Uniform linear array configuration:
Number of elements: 12
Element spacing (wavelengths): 0.5
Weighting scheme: hann
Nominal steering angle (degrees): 15
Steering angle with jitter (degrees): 14.908
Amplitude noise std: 0.05
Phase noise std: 0.05

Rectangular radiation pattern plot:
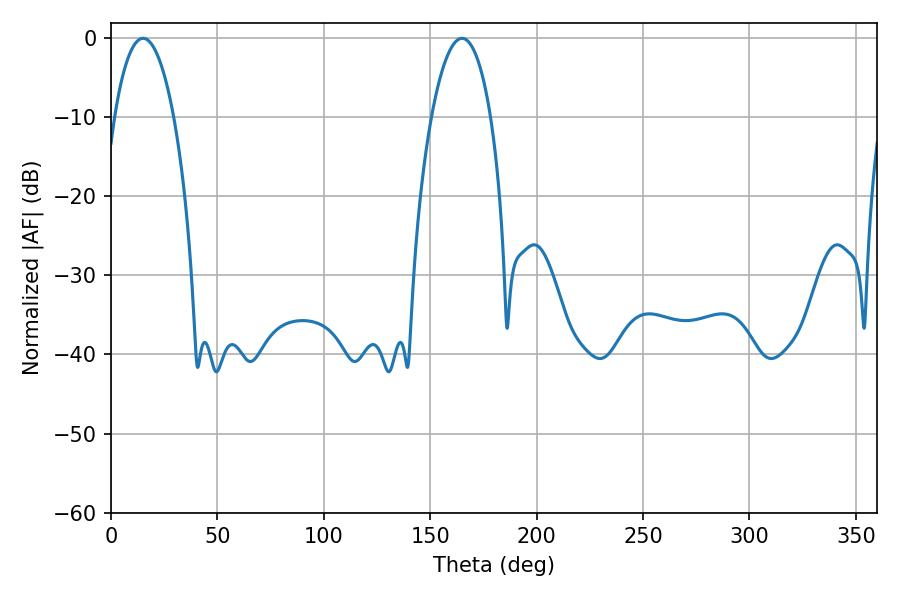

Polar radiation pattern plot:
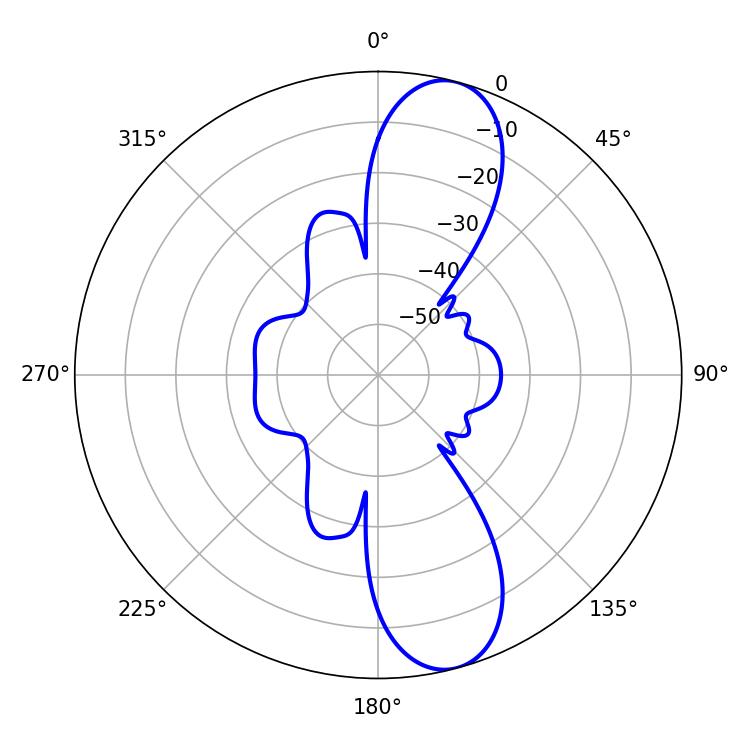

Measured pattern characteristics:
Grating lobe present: FALSE
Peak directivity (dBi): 11.218
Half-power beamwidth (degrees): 15.66
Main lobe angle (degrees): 15.12